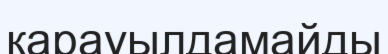
қарауылдамайды